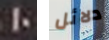
10 دلائل